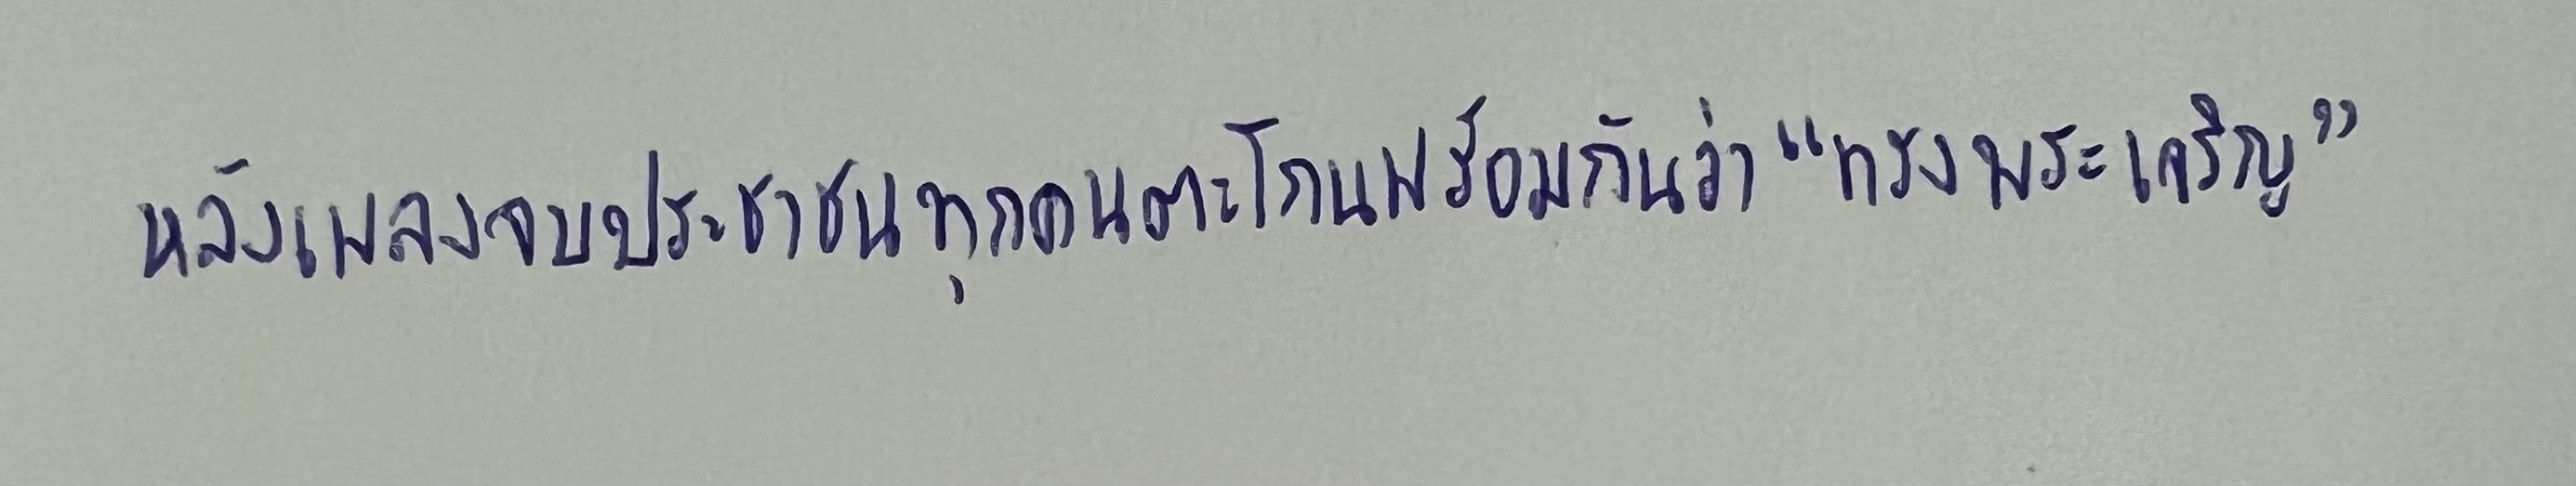
หลังเพลงจบประชาชนทุกคนตะโกนพร้อมกันว่า"ทรงพระเจริญ"